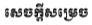
សេចក្តីសម្រេច